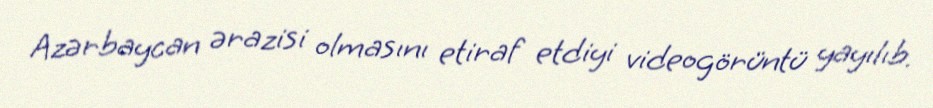
Azərbaycan ərazisi olmasını etiraf etdiyi videogörüntü yayılıb.